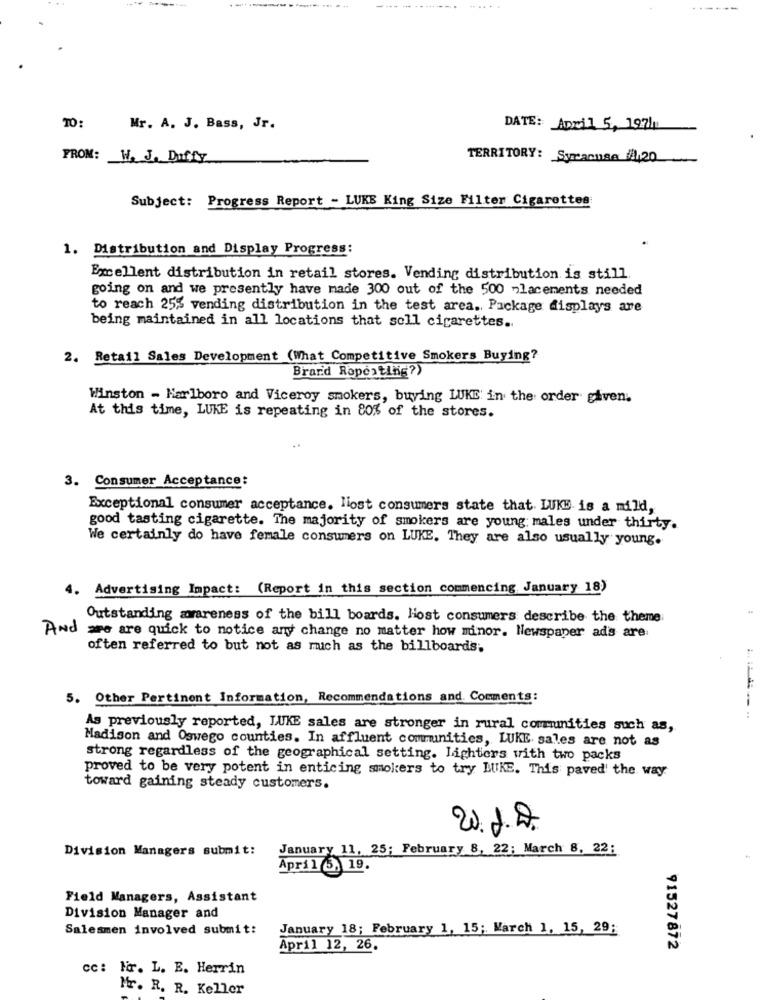
----
TO:
Mr. A. J. Bass, Jr.
DATE: April 5, 197h
FROM:
W. J. Duffy
TERRITORY: Syracuse #14,20
Subject: Progress Report - LUKE King Size Filter Cigarettes
1. Distribution and Display Progress:
Excellent distribution in retail stores. Vending distribution is still.
going on and we presently have made 300 out of the 500 placements needed
to reach 25% vending distribution in the test area. Package displays are
being maintained in all locations that soll cigarettes ..
2. Retail Sales Development (What Competitive Smokers Buying?
Brand Repeating?)
Winston - Marlboro and Viceroy smokers, buying LUKE in the order given.
At this time, LUKE is repeating in 80% of the stores.
3. Consumer Acceptance:
Exceptional consumer acceptance. liost consumers state that. LUKE. is a mild,
good tasting cigarette. The majority of smokers are young; males under thirty.
We certainly do have female consumers on LUKE. They are also usually young.
4. Advertising Impact: (Report in this section commencing January 18)
Outstanding awareness of the bill boards. Host consumers describe the theme
And are are quick to notice any change no matter how minor. Newspaper ads are:
often referred to but not as much as the billboards;
5. Other Pertinent Information, Recommendations and. Comments:
As previously reported, LUKE sales are stronger in rural communities such as,
Madison and Oswego counties. In affluent communities, LUKE sales are not as
strong regardless of the geographical setting. Lighters with two packs
proved to be very potent in enticing smokers to try BUIKE. This paved' the way
toward gaining steady customers.
20.2.2.
Division Managers submit:
January 11, 25; February 8, 22; March 8, 22:
April 3, 19.
Field Managers, Assistant
Division Manager and
Salesmen involved submit:
January 18; February 1, 15; March 1, 15, 29;
April 12, 26.
91527872
cc: lir. L. E. Herrin
Mr. R. R. Keller